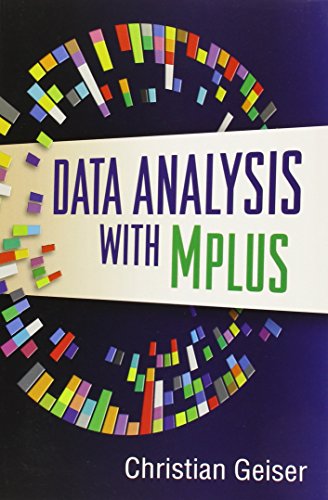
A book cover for Data Analysis with Mplus (Methodology in the Social Sciences); Christian Geiser; Computers & Technology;